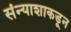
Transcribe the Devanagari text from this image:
संन्याशाकडून